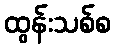
ထွန်းသစ်စ